King Institute of Preventive Medicine Micro-Biological Section reports 1909-11
Year: 1909
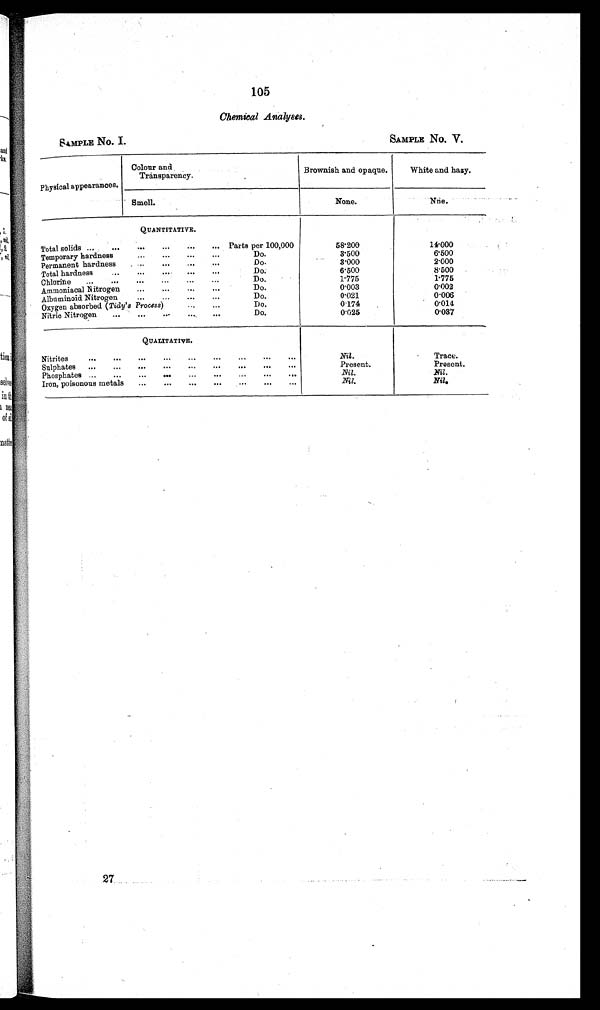
SAMPLE No. I.
SAMPLE No. V.
105
Chemical Analyses.
Colour and
Transparency.
Physical appearances.
Brownish and opaque.
White and hazy.
Smell.
None.
Nne.
QUANTITATIVE.
Total solids ...
...
...
...
...
... Parts per 100,000
58.200
14.000
Temporary hardness...
...
...
3.500
6.500
Permanent hardness...
...
3.000
2.000
Total hardness
...
...
...
...
Do.
6.500
8.500
Chlorine
..
...
..,
...
...
...
Do.
1.775
1.775
Ammoniacal Nitrogen
..
Do.
0.003
0.002
Albuminoid Nitrogen
...
...
. . .
Do.
0.021
0.006
Oxygen absorbed (Tidy's Process)
...
Do.
0.174
0.014
Nitric Nitrogen
...
...
...
...
...
Do.
0.025
0.037
QUALITATIVE.
Nitrites
...
...
...
...
...
...
... ... ... Nil.
Trace.
Sulphates
...
...
...
...
...
...
... ... ... Present.
Present.
Phosphates ...
...
...
...
...
...
..
Nil.
Nil.
Iron, poisonous metals
...
...
...
...
...
...
...
Nil.
Nil.